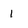
Character: 1